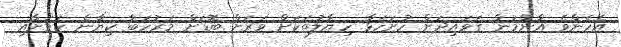
އެހެންވެ އާންމުން ގަވައިދަށް ހުށަހަޅާ ހިޔާލުތަކަށް ވަރަށް ބޮޑަށް މަރުހަބާ ކިޔާނެ ކަމަށާއި